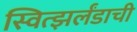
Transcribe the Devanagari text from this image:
स्वित्झर्लंडाची